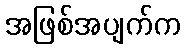
အဖြစ်အပျက်က